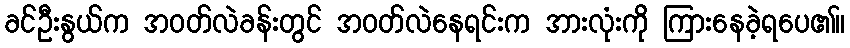
ခင်ဦးနွယ်က အဝတ်လဲခန်းတွင် အဝတ်လဲနေရင်းက အားလုံးကို ကြားနေခဲ့ရပေ၏။